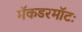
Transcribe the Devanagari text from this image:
मॅकडरमॉटः